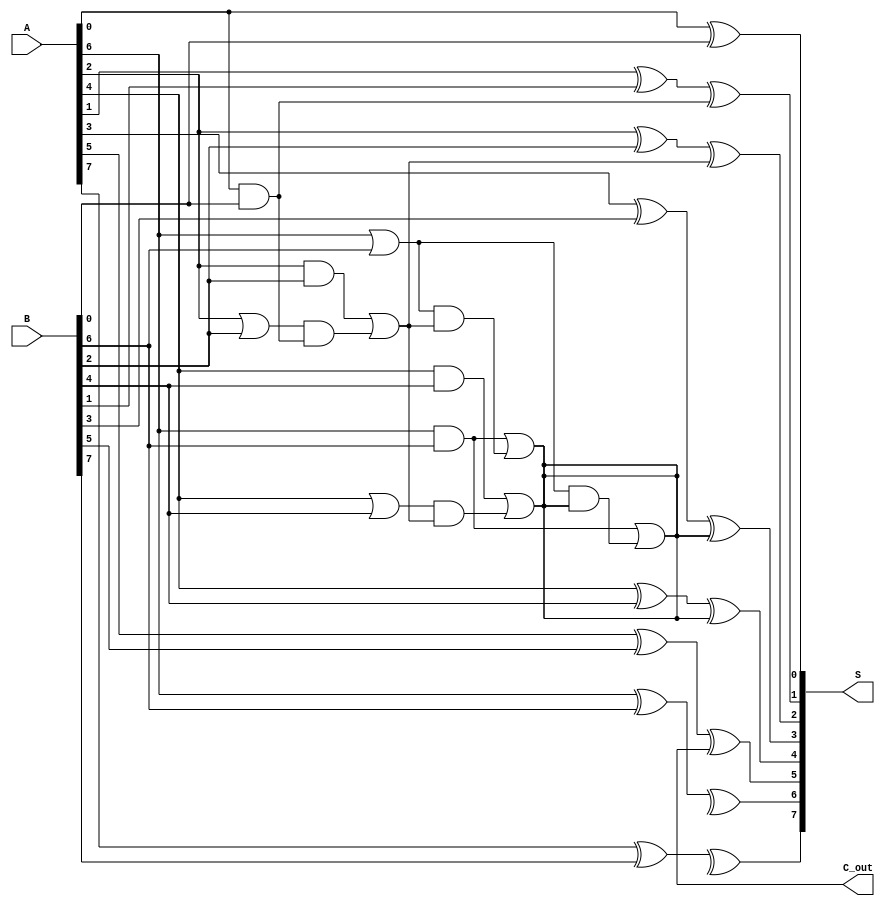
module BrentKungAdder #(
    parameter N = 8  // Parameterizable width of the adder
)(
    input  wire [N-1:0] A,       // Input A
    input  wire [N-1:0] B,       // Input B
    output wire [N-1:0] S,       // Sum output
    output wire C_out            // Carry-out
);

    // Generate and propagate signals
    wire [N-1:0] G; // Generate
    wire [N-1:0] P; // Propagate
    wire [N:0] C;    // Carry signals

    // Stage 0: Generate G and P signals
    genvar i;
    generate
        for (i = 0; i < N; i = i + 1) begin : gen_prop
            assign G[i] = A[i] & B[i];
            assign P[i] = A[i] | B[i];
        end
    endgenerate

    // Initialize carry input
    assign C[0] = 1'b0; // No initial carry

    // Stage 1: Calculate carry signals
    // Carry calculation using a tree structure
    generate
        for (i = 0; i < N; i = i + 1) begin : carry_gen
            if (i % 2 == 0) begin
                assign C[i/2 + 1] = G[i] | (P[i] & C[i/2]);
            end
        end
    endgenerate

    // Stage 2: Second level carries (for larger N)
    generate
        for (i = 0; i < N; i = i + 1) begin : carry_gen2
            if (i % 4 == 0 && i + 2 < N) begin
                assign C[i/4 + 2] = G[i+2] | (P[i+2] & C[i/4 + 1]);
            end
        end
    endgenerate

    // Stage 3: Third level carries
    generate
        for (i = 0; i < N; i = i + 1) begin : carry_gen3
            if (i % 8 == 0 && i + 4 < N) begin
                assign C[i/8 + 4] = G[i+4] | (P[i+4] & C[i/8 + 2]);
            end
        end
    endgenerate

    // Final carry-out
    assign C_out = C[N/2 + 1];

    // Stage 4: Sum calculation
    generate
        for (i = 0; i < N; i = i + 1) begin : sum_calc
            assign S[i] = A[i] ^ B[i] ^ C[i]; // Sum calculation
        end
    endgenerate

endmodule